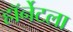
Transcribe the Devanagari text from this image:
हॉर्नेटला